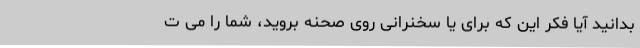
بدانید آیا فکر این که برای یا سخنرانی روی صحنه بروید، شما را می ت